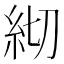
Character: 𥾛